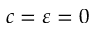
c = \varepsilon = 0